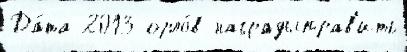
Да́та 2013 орло́в наградыправ'ить